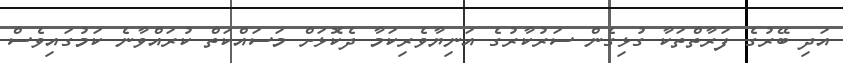
އަދި ބޭރުގެ ފަރާތްތަކާ ގުޅިގެން ސަރުކާރުގެ އަނިޔާވެރިކަމާ ދެކޮޅަށް މަސައްކަތް ކުރައްވާނެ ކަމުގައިވެސް